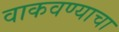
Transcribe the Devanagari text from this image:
वाकवण्याचा